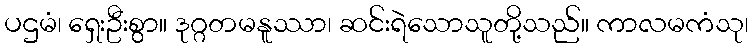
ပဌမံ၊ ရှေးဦးစွာ။ ဒုဂ္ဂတမနူဿာ၊ ဆင်းရဲသောသူတို့သည်။ ကာလမကံသု၊